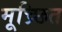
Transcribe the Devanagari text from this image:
मूच्र्छित